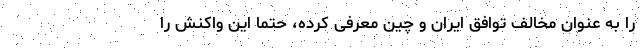
را به عنوان مخالف توافق ایران و چین معرفی کرده، حتما این واکنش را